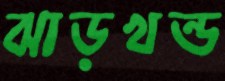
ঝাড়খন্ড